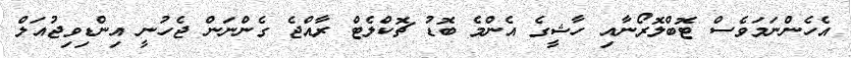
އެހެންނަމަވެސް ޓޮބްލޮރޯނާއި ހާޝީގެ އެންމެ ބޮޑު ޗޮކްލެޓް ރާއްޖެ ގެންނަން ޖެހުނީ އިންޑިވިޖުއަލް